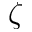
\zeta